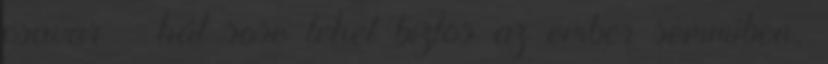
csavar – hát sose lehet biztos az ember semmiben,